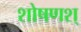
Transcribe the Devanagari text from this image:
शोषणश्